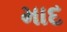
માદ